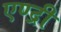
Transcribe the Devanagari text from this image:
एण्द्री